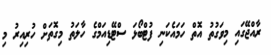
ރާއްޖޭގައި މިވަގުތު އޮތް ހަމައެކަނި ފުޓްބޯޅަ ސްޓޭޑިއަމްގެ ހާލަތު މިގޮތަށް ހުރިއިރު މި